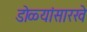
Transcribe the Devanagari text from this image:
डोळ्यांसारखे